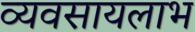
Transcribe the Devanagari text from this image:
व्यवसायलाभ